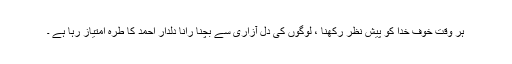
ہر وقت خوف خدا کو پیش نظر رکھنا ، لوگوں کی دل آزاری سے بچنا رانا دلدار احمد کا طرہ امتیاز رہا ہے ۔